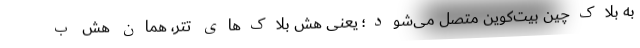
به بلاک‌چین بیت‌کوین متصل می‌شود؛ یعنی هش بلاک‌های تتر، همان هش ب